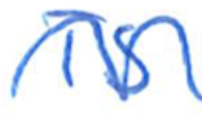
Text: is
Cross-out: wave
Writing tool: ballpoint